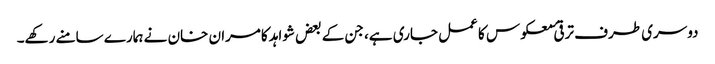
دوسری طرف ترقیٔ معکوس کا عمل جاری ہے، جن کے بعض شواہد کامران خان نے ہمارے سامنے رکھے۔